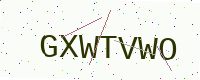
Text: GXWTVWO